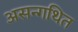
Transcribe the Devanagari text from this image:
असन्गथित